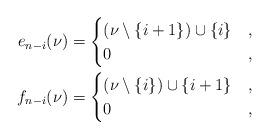
LaTeX: \begin{align*}e_{n-i}(\nu) & = \begin{cases}(\nu \setminus \{i+1\}) \cup \{i\} & , \\0 & ,\end{cases}\\ f_{n-i}(\nu) & = \begin{cases}(\nu \setminus \{i\}) \cup \{i+1\} & , \\0 & ,\end{cases}\end{align*}